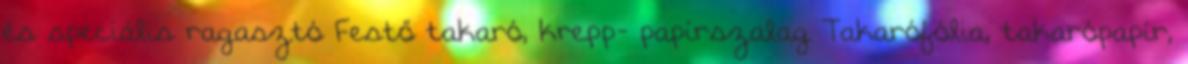
és speciális ragasztó Festő takaró, krepp- papírszalag Takarófólia, takarópapír,